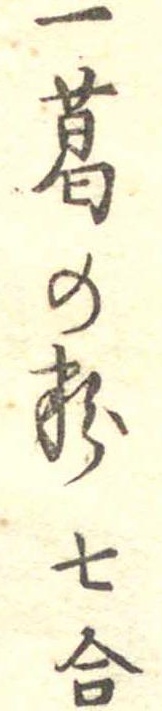
一葛の粉七合